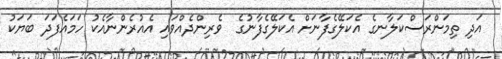
އަދި ތިމަންރަސްކަލާނގެ އެކަލޭގެފާނަށް އެކަލޭގެފާނުގެ  ވެރިންދެއްވައި އެއުރެންނާއެކު ހަމައެފަދަ ބަޔަކު